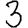
Digit: 3